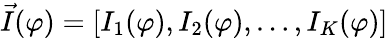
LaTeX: \vec{I}(\varphi)=\left[I_{1}(\varphi),I_{2}(\varphi),\dots,I_{K}(\varphi)\right]